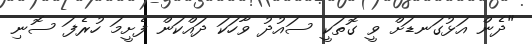
"ދެން އަޅުގަނޑަށް ވީ ގޮތަކީ ސައުދު ވާހަކަ ދައްކަން ފެށީމަ ހުރެފަ ސޮނި